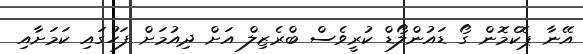
އޭނާ ޕޮކެމޮން ގޯ ޑައުންލޯޑް ކުރީވެސް ބްރެޒިލް އަށް ދިއުމަށް ފަހުގައި ކަމަށާއި